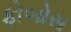
ફોબોસ